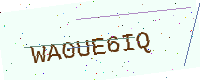
Text: WA0UE6IQ